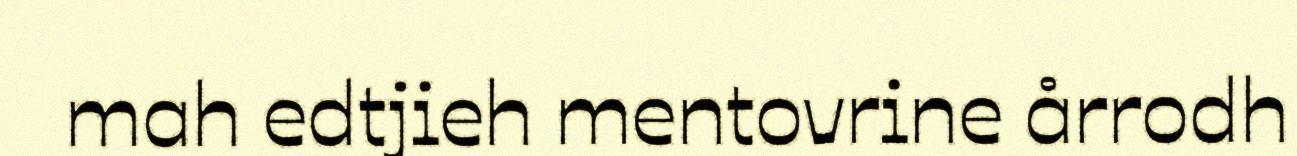
mah edtjieh mentovrine årrodh